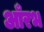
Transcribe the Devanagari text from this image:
आँरभ